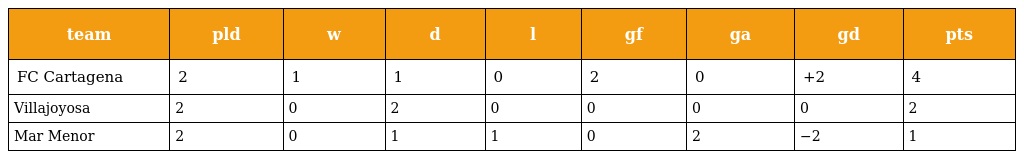
| team | pld | w | d | l | gf | ga | gd | pts |
 | --- | --- | --- | --- | --- | --- | --- | --- | --- |
 | FC Cartagena | 2 | 1 | 1 | 0 | 2 | 0 | +2 | 4 |
 | Villajoyosa | 2 | 0 | 2 | 0 | 0 | 0 | 0 | 2 |
 | Mar Menor | 2 | 0 | 1 | 1 | 0 | 2 | −2 | 1 |